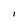
Character: I